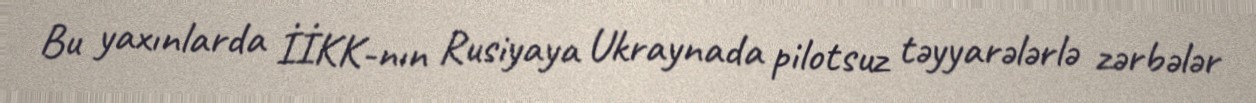
Bu yaxınlarda İİKK-nın Rusiyaya Ukraynada pilotsuz təyyarələrlə zərbələr